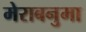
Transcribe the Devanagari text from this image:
मेराबनुमा